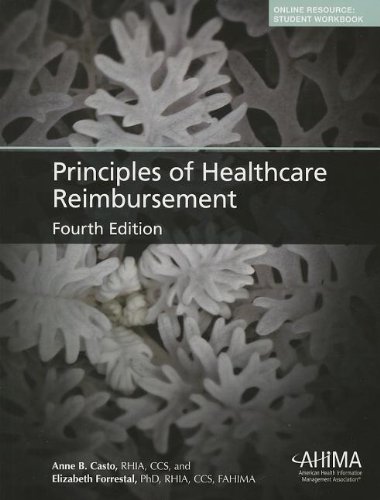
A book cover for Principles of Healthcare Reimbursement; Anne Casto; Medical Books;